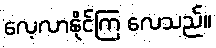
လေ့လာနိုင်ကြ လေသည်။